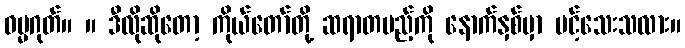
ဓမ္မဂုတ်။ ။ ဒီလိုဆိုတော့ ကိုယ်တော်တို့ ဆရာတပည့်ကို နောက်နှစ်မှာ ပင့်သေးသလား။